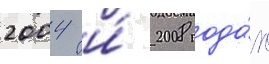
2004 и́ 2008 года́х